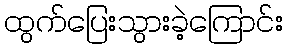
ထွက်ပြေးသွားခဲ့ကြောင်း